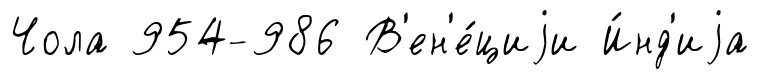
Чола 954-986 В'ен'е́циjи И́нд'иjа